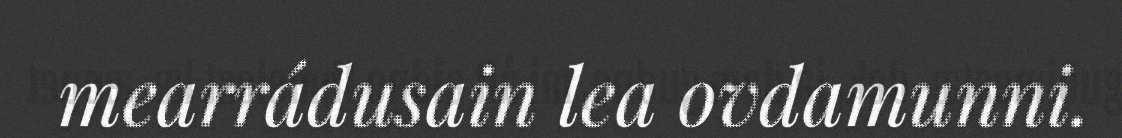
mearrádusain lea ovdamunni.